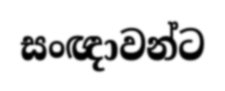
සංඥාවන්ට